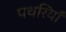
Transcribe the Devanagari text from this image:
पथरियाँ